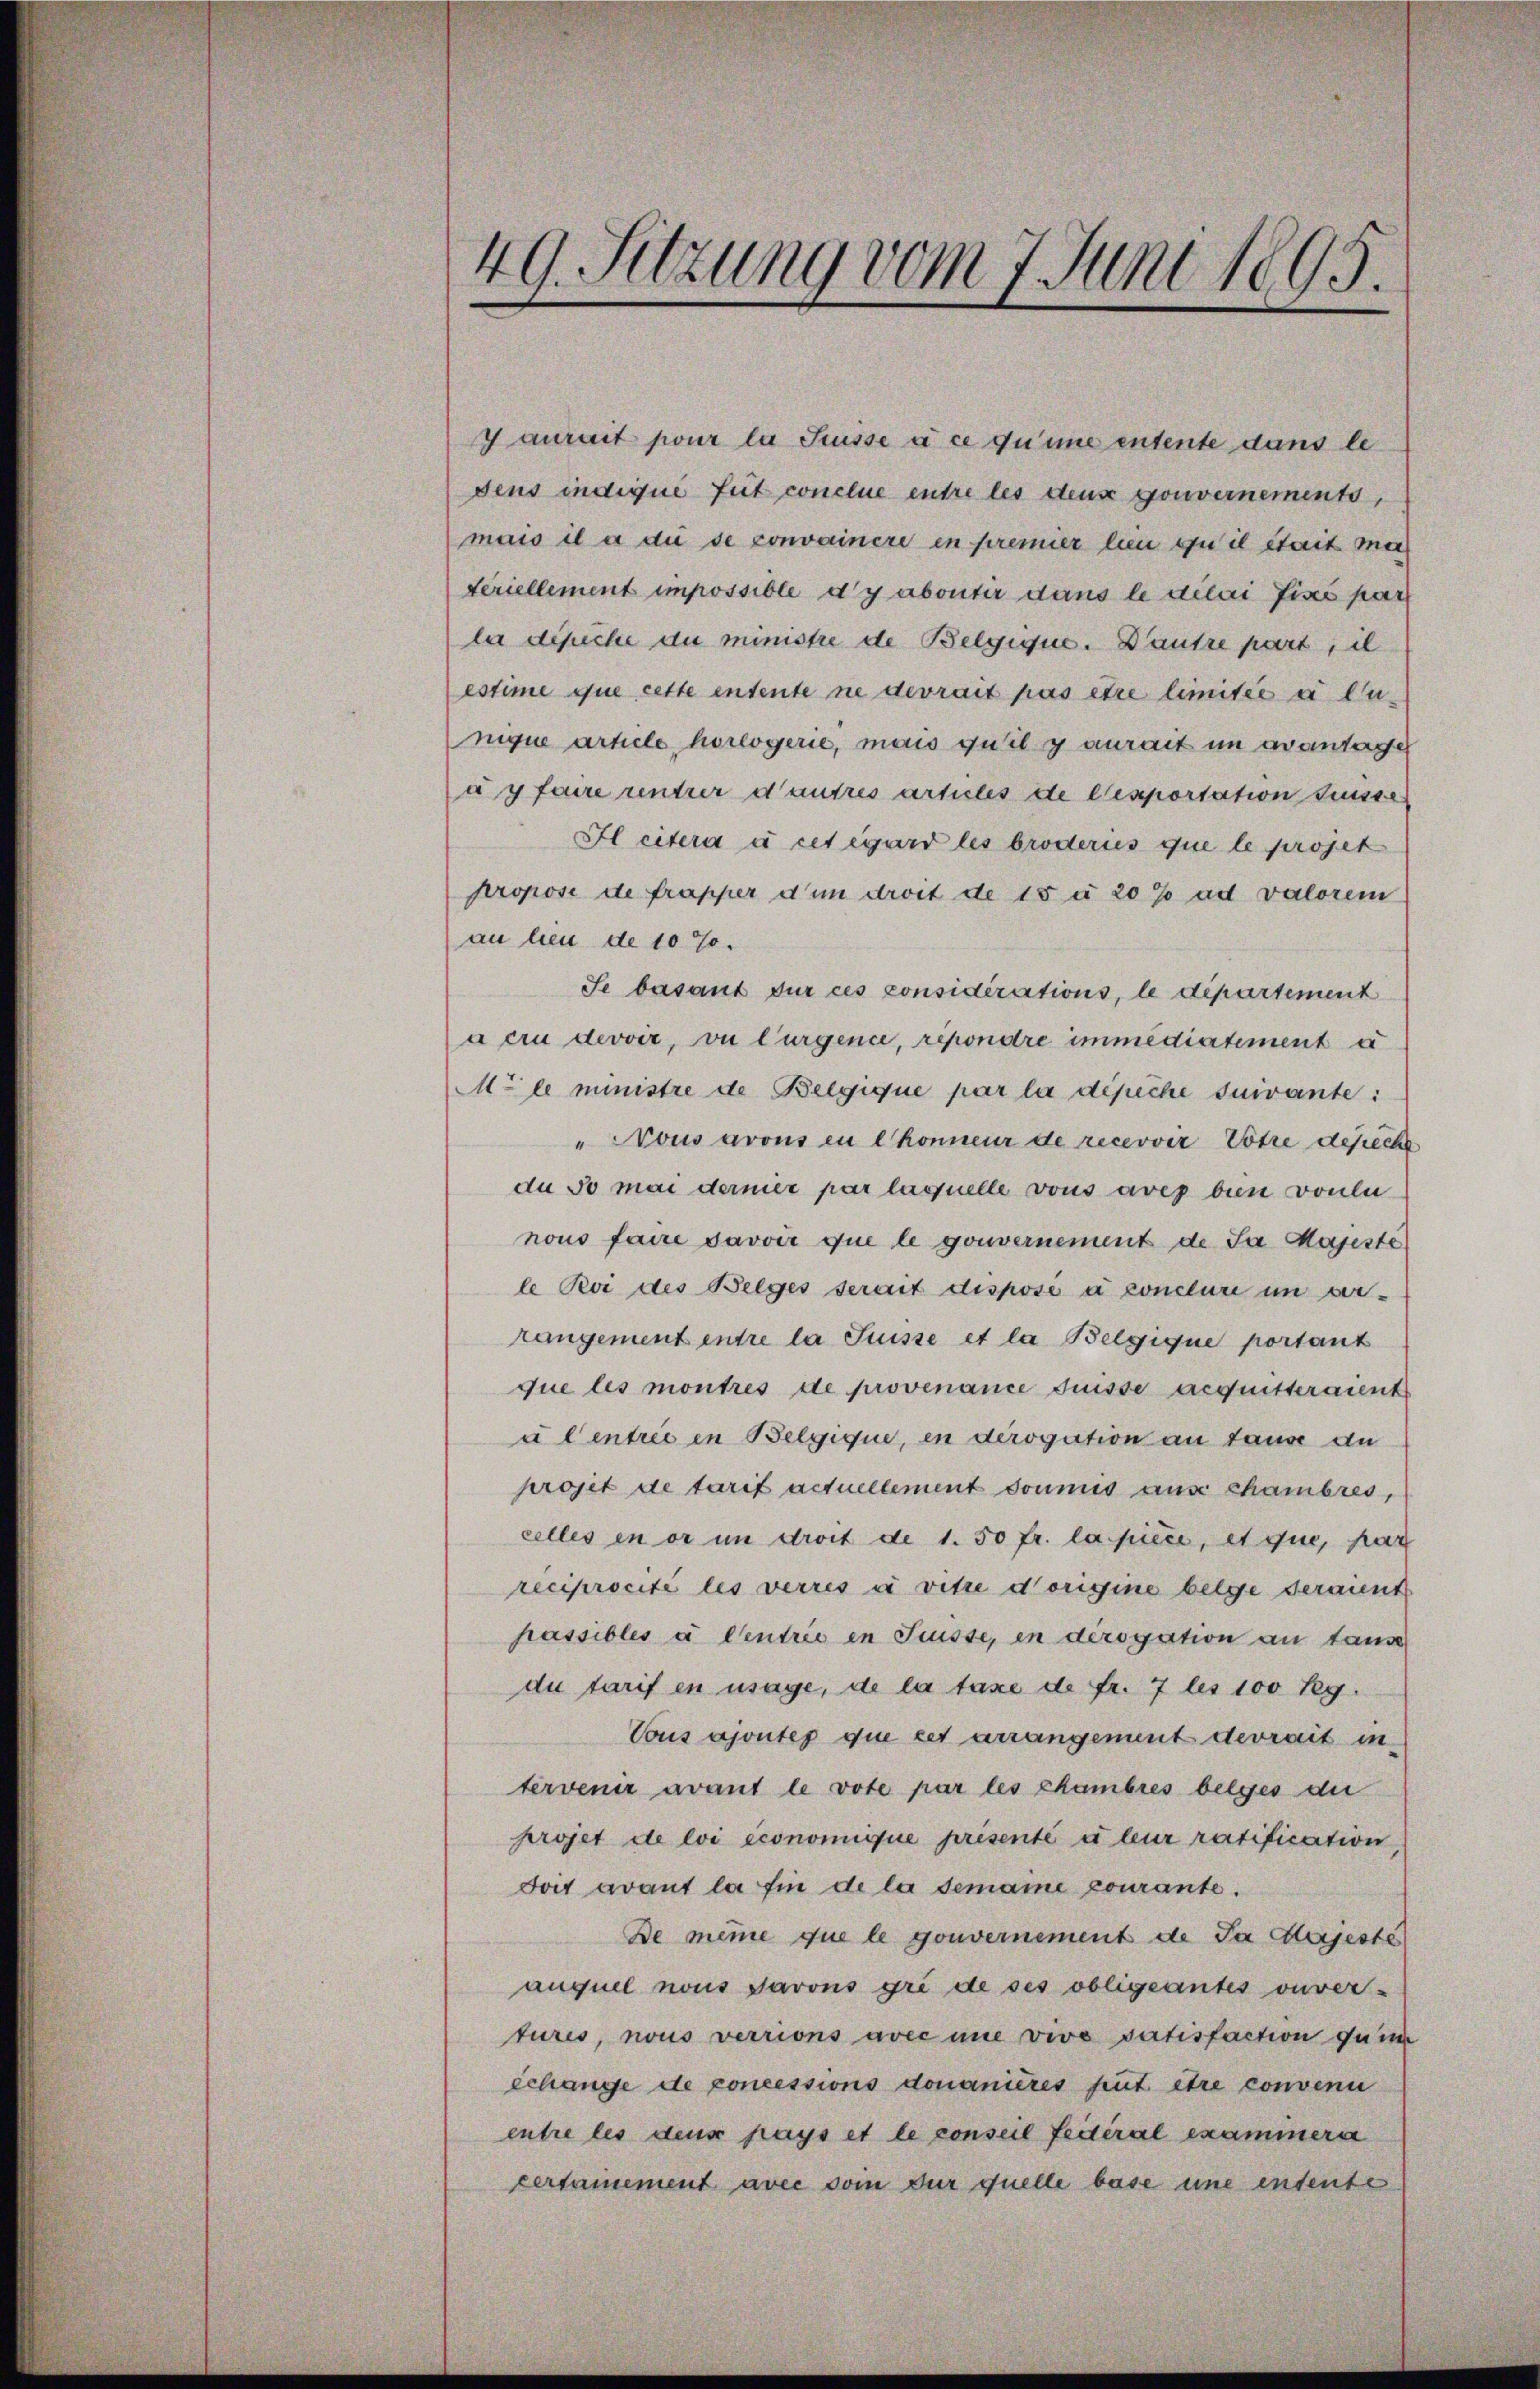
49. Sitzung vom 7. Juni 1895.

Gaurait pour la Suisse à ce qu’une entente dans le
sens indique fuit conclue entre les deus gouvernements,
mais il a di se convainere in premier lien ou il stait ma
teriellement impossible d’y abonter dans le délai fixé par
la dipiche du ministre de Belgique. Dautre part, il
estime que cette entente ne devrait pas être limitée a lunique article, horlogerie, mais quil y aurait in avantage
agfaire untrer d’autres articles de lexportation frisse
Il citera à cet égard les broderies que le projet
propose de frapper dum droit de 15 à 20% ad valorem
au lieu de 10 %.
Se basant dur ces considérations, le département
à cru devoir, vu lurgence, répondre immediatement a
Male ministre de Belgique par la dépiche suivante:
" Nous avous in konneur de recervir Votre desche
du so mai dernier par laquelle vons aves bin vonei
nous faire savoir que le gouvernement de Ja Majeste
le Roi des Beeges serait dispose à conclure im arrangement entre la Suisse et la Belgique portant
que les montres de provenance Frisse acquitteraient
u Centrie in Belgique, in derogation an tause an
projet de tarif actuellement soumis ause chambres,
celles in er in droit de 1. 50 fr. la pièce, et que, par
reciprocité les verres à vite dorigine beige deraient
passibles à Centrie in Suisse, en derogation an tause
di tarif en mage, de la taxe de fr. 7 bis 100 Teg.
Vous ajoutes que cet arrangement devrait in
tervenir avant le vote par les chambres belges die
projet de loi economique prisenté à leur ratification
Foit avant la fin de la demaine courante.
De même que le gouvernement de Pa Majeste
auquel nous Jarons gré de ses obligeantes ouver-
tures, nous verrions avec une vive satisfaction du im
echange de concessions domanières heut être convenu
entre les deur pays et le conseil federal examinerse
certanement avec vom dur quelle base une entente